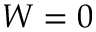
W = 0